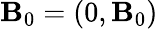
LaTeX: \boldsymbol{\mathbf{B}}_{0}=(0,\mathbf{B}_{0})